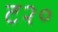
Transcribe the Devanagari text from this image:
ट२०